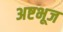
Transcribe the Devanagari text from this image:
अष्टभूज